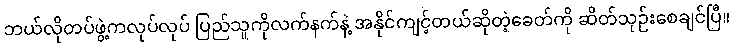
ဘယ်လိုတပ်ဖွဲ့ကလုပ်လုပ် ပြည်သူကိုလက်နက်နဲ့ အနိုင်ကျင့်တယ်ဆိုတဲ့ခေတ်ကို ဆိတ်သုဉ်းစေချင်ပြီ။